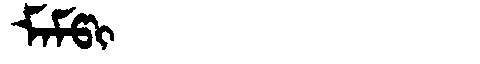
Manchu: ᠮᠠᠮᡦᡳ
Romanization: MAMPI